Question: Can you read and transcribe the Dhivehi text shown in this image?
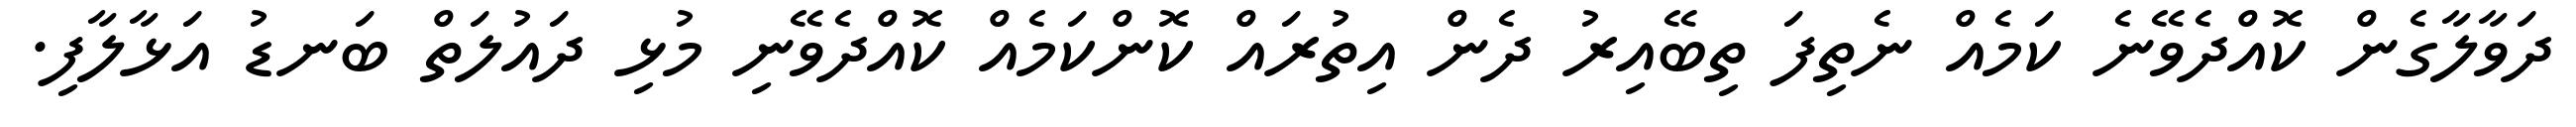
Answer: ދަވާލާގެން ކޮއްދެވޭނެ ކަމެއް ނެތިފަ ތިބޭއިރު ދެން އިތުރައް ކޮންކަމެއް ކޮއްދެވޭނި މުޅި ދައުލަތް ބަނޑު އަޅާލާފި.